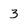
Character: 3